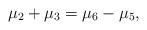
LaTeX: \begin{align*}\mu_2+\mu_3=\mu_6-\mu_5,\end{align*}